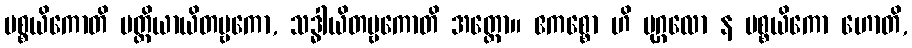
ပစ္စယိကောတိ ပတ္တိယာယိတဗ္ဗကော, သဒ္ဓါယိတဗ္ဗကောတိ အတ္ထော။ ဧကစ္စော ဟိ ပုဂ္ဂလော န ပစ္စယိကော ဟောတိ,